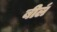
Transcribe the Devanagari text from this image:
बील॔